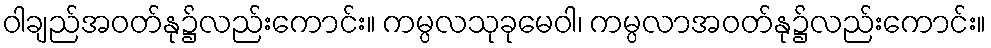
ဝါချည်အဝတ်နု၌လည်းကောင်း။ ကမ္ပလသုခုမေဝါ၊ ကမ္ပလာအဝတ်နု၌လည်းကောင်း။